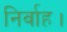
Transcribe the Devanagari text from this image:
निर्वाह।